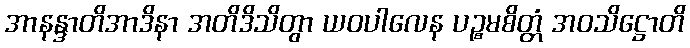
အာနန္ဒာတိအာဒိနာ အတိဒိသိတွာ ယဝပါလေန ပဉ္စမစိတ္တံ အဝသိဋ္ဌောတိ